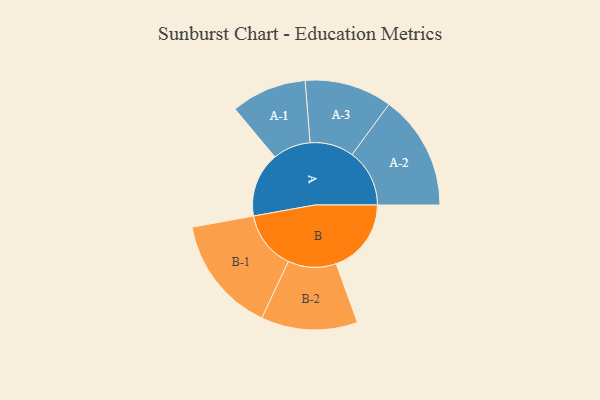
{"axis": {"x": "Segment", "y": "Value"}, "legend": ["", "A", "B"], "data": [{"x": "A", "y": 272, "type": ""}, {"x": "B", "y": 316, "type": ""}, {"x": "A-1", "y": 159, "type": "A"}, {"x": "A-2", "y": 242, "type": "A"}, {"x": "A-3", "y": 184, "type": "A"}, {"x": "B-1", "y": 246, "type": "B"}, {"x": "B-2", "y": 203, "type": "B"}]}